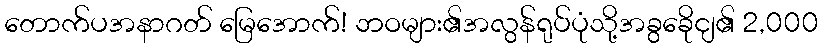
တောက်ပအနာဂတ် မြေအောက်! ဘဝများ၏အလွန်ရုပ်ပုံသို့အခွခေိုငျ၏ 2,000